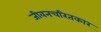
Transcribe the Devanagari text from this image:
जीवनचरितकार